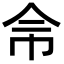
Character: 𢁭